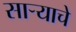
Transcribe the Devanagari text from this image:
सार्‍याचे